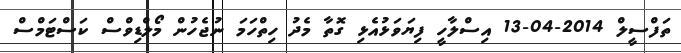
ތަފްސީލް 2014-04-13 އިސްލާހީ ފިޔަވަޅުއެޅި ގޮތާ މެދު ހިތްހަމަ ނުޖެހުން މޯލްޑިވްސް ކަސްޓަމްސް